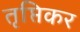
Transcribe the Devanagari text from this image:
तृप्तिकर